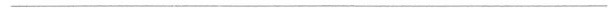
___